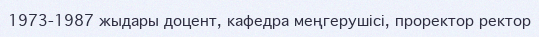
1973-1987 жыдары доцент, кафедра меңгерушісі, проректор ректор